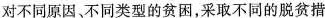
对不同原因、不同类型的贫困，采取不同的脱贫措